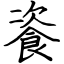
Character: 餈